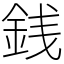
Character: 銭